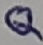
Text: 1Q